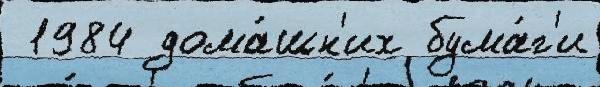
 1984 дома́шн'их бума́г'и